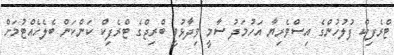
ޓްރެފިކް ފުލުހުންގެ އިސްވެރިޔާ އަހުމަދު ސާމީ ވިދާޅުވީ ބްރިޖްގެ ޓްރެފިކް ކަންކަން ބެލެހެއްޓުމަށް